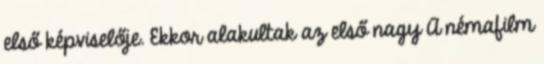
első képviselője. Ekkor alakultak az első nagy A némafilm